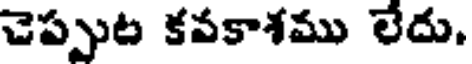
చెప్పుట కవకాశము లేదు.